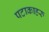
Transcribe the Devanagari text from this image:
पटाकाहरु